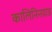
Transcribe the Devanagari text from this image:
कालिनिनग्राड